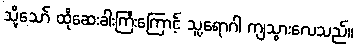
သို့သော် ထိုဆေးခါးကြီးကြောင့် သူ့ရောဂါ ကျသွားလေသည်။